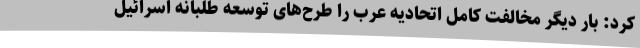
کرد: بار دیگر مخالفت کامل اتحادیه عرب را طرح‌های توسعه طلبانه اسرائیل